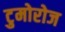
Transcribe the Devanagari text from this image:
टुमोरोज